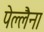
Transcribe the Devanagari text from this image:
पेल्लैना